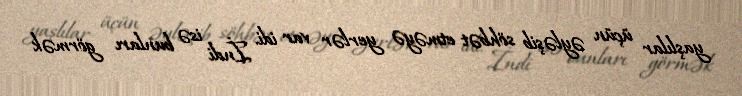
yaşlılar üçün əyləşib söhbət etməyə yerlər var idi. İndi isə bunları görmək